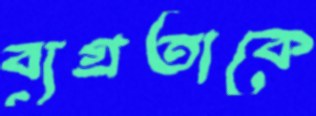
ব্যগ্রতাকে